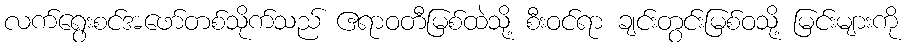
လက်ရွေးစင်အဖော်တစ်သိုက်သည် ဧရာဝတီမြစ်ထဲသို့ စီးဝင်ရာ ချင်းတွင်းမြစ်ဝသို့ မြင်းများကို